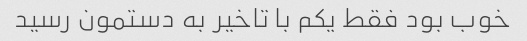
خوب بود فقط یکم با تاخیر به دستمون رسید